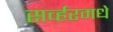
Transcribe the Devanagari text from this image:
सर्व्हरमधे